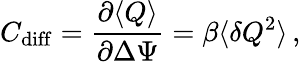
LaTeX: C_{\mathrm{diff}}=\frac{\partial\langle Q\rangle}{\partial\Delta\Psi}=\beta\langle\delta Q^{2}\rangle\, ,